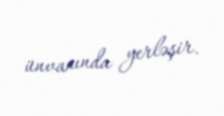
ünvanında yerləşir.